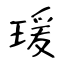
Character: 瑗